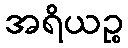
အရိယဉ္စ